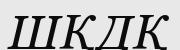
ШҚДҚ